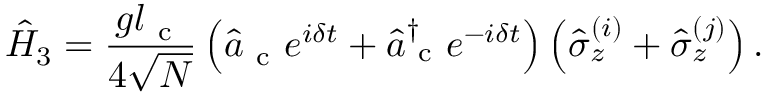
\hat { H } _ { 3 } = \frac { g l _ { \mathrm { ~ c ~ } } } { 4 \sqrt { N } } \left( \hat { a } _ { \mathrm { ~ c ~ } } e ^ { i \delta t } + \hat { a } _ { \mathrm { ~ c ~ } } ^ { \dagger } e ^ { - i \delta t } \right) \left( \hat { \sigma } _ { z } ^ { ( i ) } + \hat { \sigma } _ { z } ^ { ( j ) } \right) .